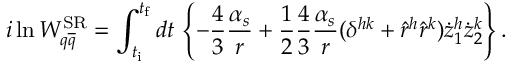
i \ln W _ { q \overline { { { q } } } } ^ { \mathrm { S R } } = \int _ { t _ { \mathrm { i } } } ^ { t _ { \mathrm { f } } } d t \, \left\{ - \frac { 4 } { 3 } \frac { \alpha _ { s } } { r } + \frac { 1 } { 2 } \frac { 4 } { 3 } \frac { \alpha _ { s } } { r } ( \delta ^ { h k } + \hat { r } ^ { h } \hat { r } ^ { k } ) \dot { z } _ { 1 } ^ { h } \dot { z } _ { 2 } ^ { k } \right\} .